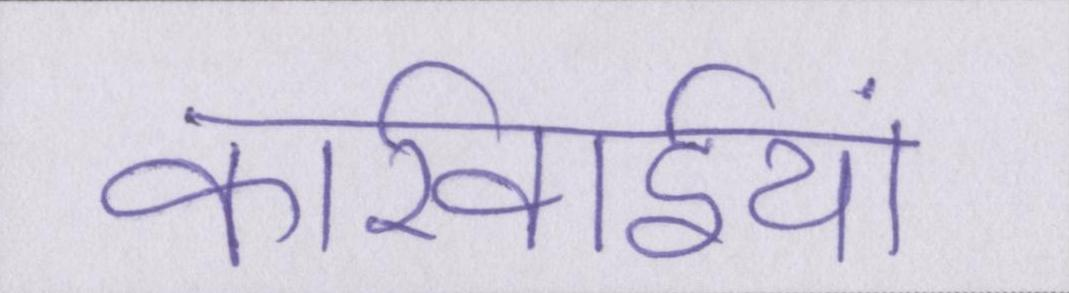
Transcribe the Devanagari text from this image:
कार्रवाईयां